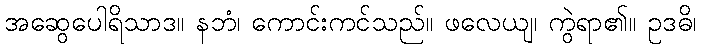
အဆွေပေါရိသာဒ။ နဘံ၊ ကောင်းကင်သည်။ ဖလေယျ၊ ကွဲရာ၏။ ဥဒဓိ၊